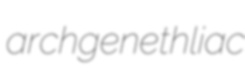
archgenethliac